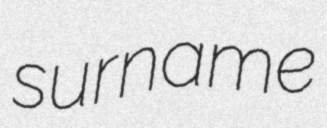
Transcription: surname